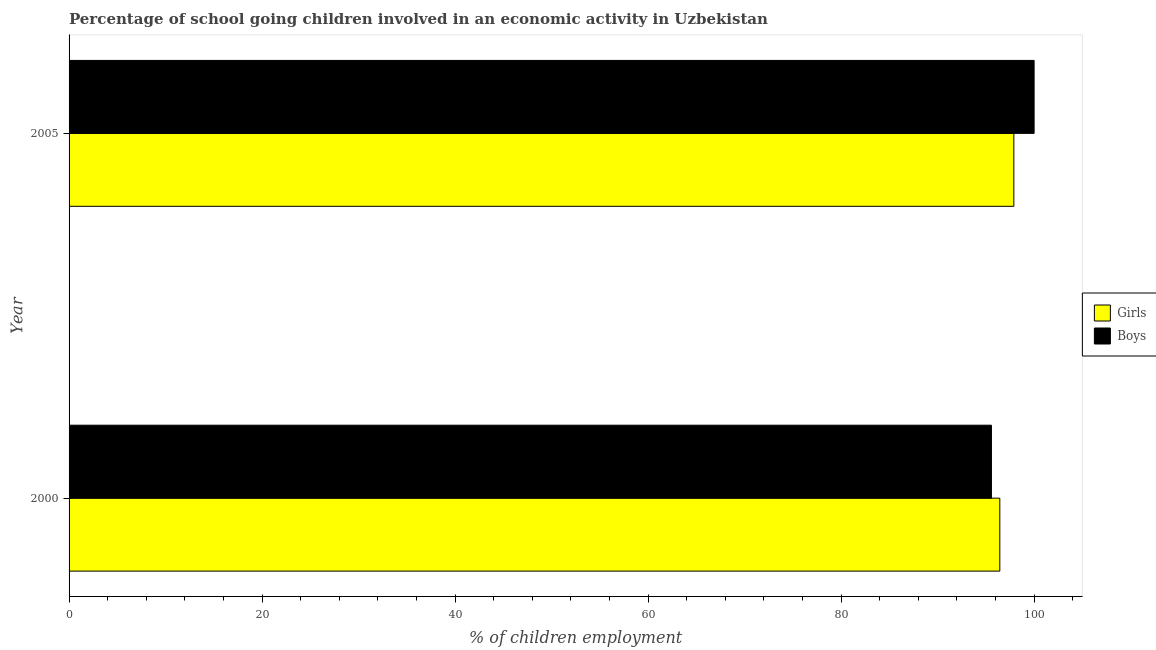
| Year | Girls | Boys |
 | --- | --- | --- |
 | 2000 | 96.4 | 95.6 |
 | 2005 | 97.9 | 100 |